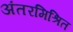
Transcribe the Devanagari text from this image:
अंतरमिश्रित